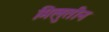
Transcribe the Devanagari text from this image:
मिलुतीन